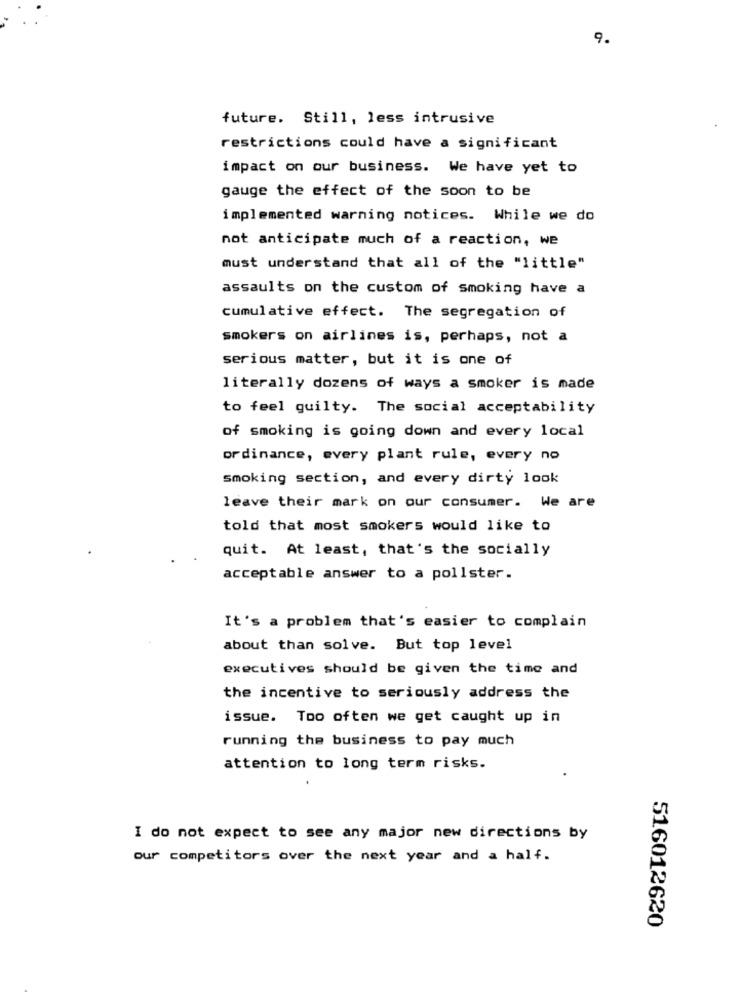
9.
future. Still, less intrusive
restrictions could have a significant
impact on our business. We have yet to
gauge the effect of the soon to be
implemented warning notices. While we do
not anticipate much of a reaction, we
must understand that all of the "little"
assaults on the custom of smoking have a
cumulative effect. The segregation of
smokers on airlines is, perhaps, not a
serious matter, but it is one of
literally dozens of ways a smoker is made
to feel guilty. The social acceptability
of smoking is going down and every local
ordinance, every plant rule, every no
smoking section, and every dirty look
leave their mark on our consumer. We are
told that most smokers would like to
quit. At least, that's the socially
acceptable answer to a pollster.
It's a problem that's easier to complain
about than solve. But top level
executives should be given the time and
the incentive to seriously address the
issue. Too often we get caught up in
running the business to pay much
attention to long term risks.
I do not expect to see any major new directions by
our competitors over the next year and a half.
516012620